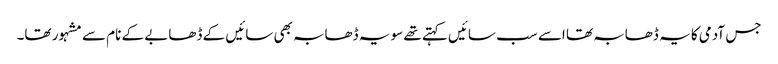
جس آدمی کا یہ ڈھابہ تھا اسے سب سائیں کہتے تھے سو یہ ڈھابہ بھی سائیں کے ڈھابے کے نام سے مشہور تھا۔